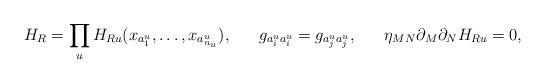
LaTeX: \begin{align*} H_R=\prod_{u}H_{Ru}(x_{a^u_1},\dots,x_{a^u_{n_u}}),~~~~~ g_{a^u_i a^u_i}=g_{a^u_j a^u_j},~~~~~ \eta_{MN}\partial_M\partial_N H_{Ru}=0,\end{align*}